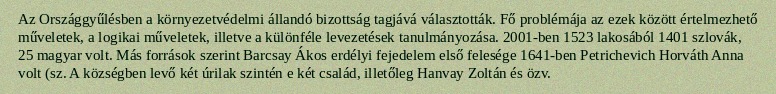
Az Országgyűlésben a környezetvédelmi állandó bizottság tagjává választották. Fő problémája az ezek között értelmezhető műveletek, a logikai műveletek, illetve a különféle levezetések tanulmányozása. 2001-ben 1523 lakosából 1401 szlovák, 25 magyar volt. Más források szerint Barcsay Ákos erdélyi fejedelem első felesége 1641-ben Petrichevich Horváth Anna volt (sz. A községben levő két úrilak szintén e két család, illetőleg Hanvay Zoltán és özv.